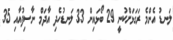
ލަނޑު އެންމެ ރަގަޅަށްކުުނީ 29 ބޯޅައިން 33 ލަނޑުހެދި އާދަމް ނާސިފުއާއި 35